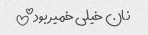
نان خیلی خمیر بود!!!!!